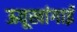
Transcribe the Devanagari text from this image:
ऊवूखांगाई